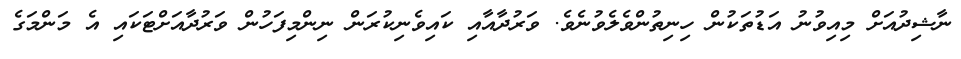
ނާޝިދުއަށް މިއިވުނު އަޑުތަކުން ހިނިތުންވެލެވުނެވެ. ވަރުދާއާއި ކައިވެނިކުރަން ނިންމިފަހުން ވަރުދާއަށްޓަކައި އެ މަންމަގެ